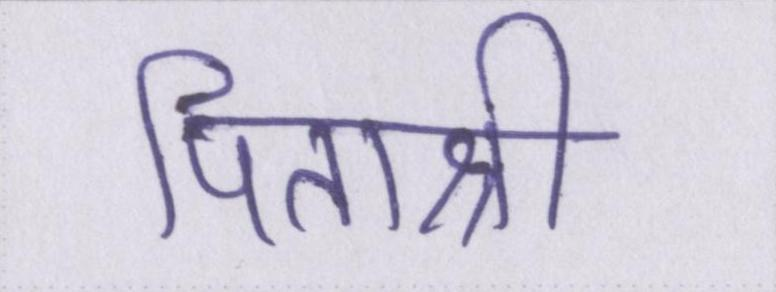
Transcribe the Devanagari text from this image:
पिताश्री